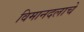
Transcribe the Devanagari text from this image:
विमानदलाचे